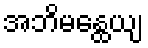
အဘိမန္ထေယျ